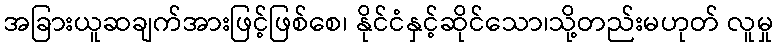
အခြားယူဆချက်အားဖြင့်ဖြစ်စေ၊ နိုင်ငံနှင့်ဆိုင်သော၊သို့တည်းမဟုတ် လူမှု